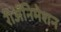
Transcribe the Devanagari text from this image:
रीअॅनिमेशन